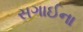
સગાઈના